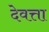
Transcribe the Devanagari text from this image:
देवत्ता